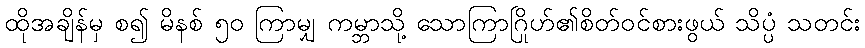
ထိုအချိန်မှ စ၍ မိနစ် ၅၀ ကြာမျှ ကမ္ဘာသို့ သောကြာဂြိုဟ်၏စိတ်ဝင်စားဖွယ် သိပ္ပံ သတင်း